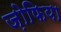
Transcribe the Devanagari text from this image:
ज़ोफिया